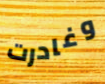
وغادرت